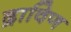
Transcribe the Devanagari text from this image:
द्राविण